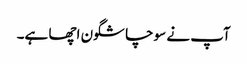
آپ نے سوچا شگون اچھا ہے۔